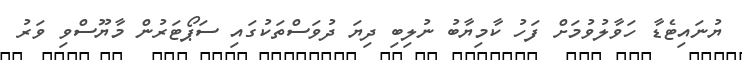
ޔުނައިޓެޑާ ހަވާލުވުމަށް ފަހު ކާމިޔާބު ނުލިބި ދިޔަ ދުވަސްތަކުގައި ސަޕޯޓަރުން މާޔޫސްވި ވަރު